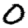
Digit: 0